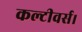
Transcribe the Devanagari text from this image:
कल्टीवर्स।